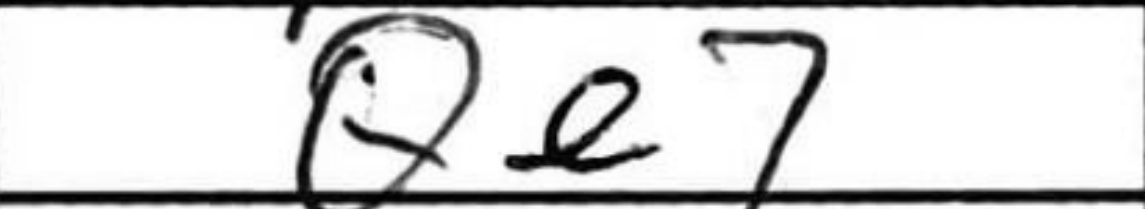
Transcription: Qe7